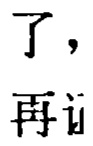
了，
再